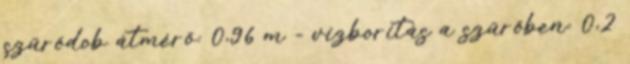
szűrődob átmérő: 0,96 m - vízborítás a szűrőben: 0,2